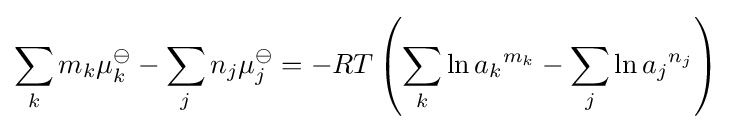
\sum _{k}m_{k}\mu _{k}^{\ominus }-\sum _{j}n_{j}\mu _{j}^{\ominus }=-RT\left(\sum _{k}\ln {a_{k}}^{m_{k}}-\sum _{j}\ln {a_{j}}^{n_{j}}\right)